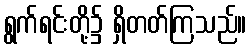
ရွက်ရင်းတို့၌ ရှိတတ်ကြသည်။